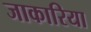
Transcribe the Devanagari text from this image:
जाकारिया